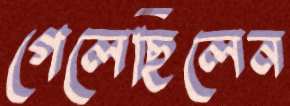
গেলেছিলেন